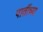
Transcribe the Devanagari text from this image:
पातींच्या